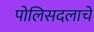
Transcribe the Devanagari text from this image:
पोलिसदलाचे